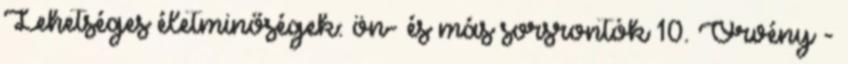
Lehetséges életminőségek: ön- és más sorsrontók 10. Örvény -